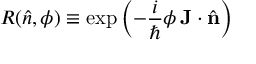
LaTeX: R ( { \hat { n } } , \phi ) \equiv \exp \left( - { \frac { i } { \hbar } } \phi \, \mathbf { J } \cdot { \hat { \mathbf { n } } } \right)